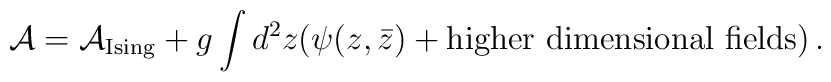
{\cal A}={\cal A}_{\rm Ising}+g\int d^2z(\psi (z,\bar{z})+{\rm higher\ dimensional\ fields})\,.